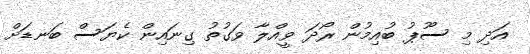
އަދި މި ސޫޕު ބުއިމުން ރޯދަ ވީއްލާ ވަގުތު ގިނައިން ކެޔަސް ބަނޑަށް